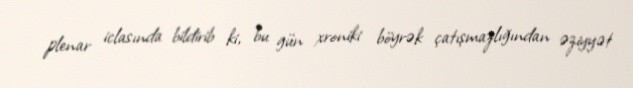
plenar iclasında bildirib ki, bu gün xroniki böyrək çatışmazlığından əziyyət